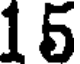
15